Lunatic asylums in Bengal annual reports 1888-1898 - 1888-1898
Year: 1888
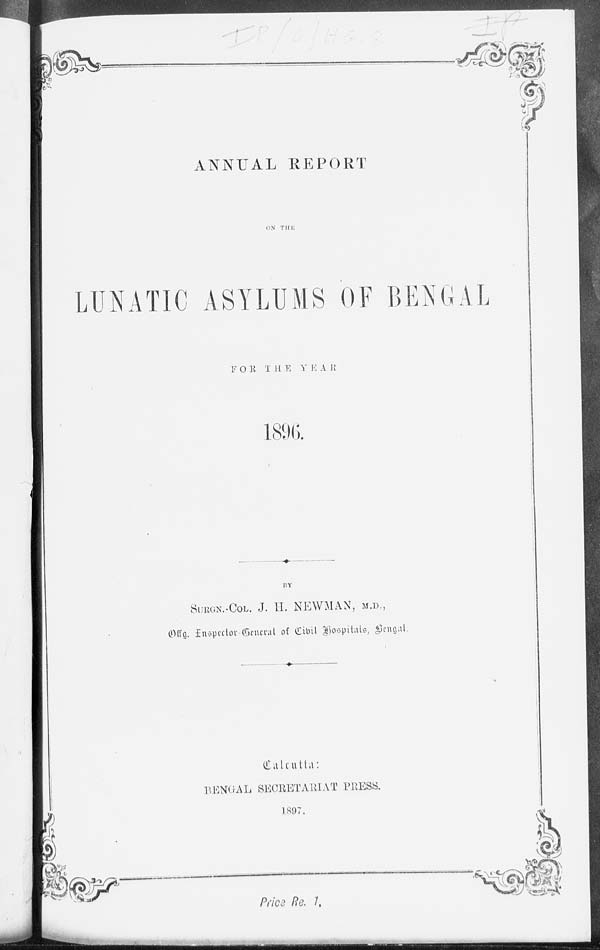
ANNUAL REPORT
ON THE
LUNATIC ASYLUMS OF BENGAL
FOR
THE
YEAR
1896.
BY
SURGN.-COL. J. H. NEWMAN, M.D.,
Offg. Inspector-General of Civil Hospitals, Bengal.
Calcutta:
BENGAL SECRETARIAT PRESS.
1897.
Price Re. 1.